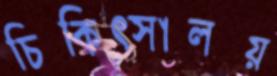
চিকিত্সালয়